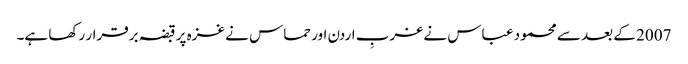
2007 کے بعد سے محمود عباس نے غربِ اردن اور حماس نے غزہ پر قبضہ برقرار رکھا ہے۔